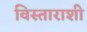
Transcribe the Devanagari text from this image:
विस्ताराशी